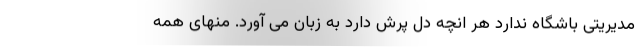
مدیریتی باشگاه ندارد هر انچه دل پرش دارد به زبان می آورد. منهای همه